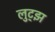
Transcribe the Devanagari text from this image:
लुट्झ